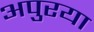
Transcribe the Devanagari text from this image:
अपुरया